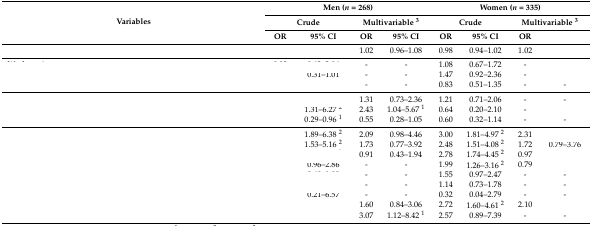
<table><thead><tr><td rowspan="3"><b>Variables</b></td><td colspan="4"><b>Men (<i>n</i> = 268)</b></td><td colspan="4"><b>Women (<i>n</i> = 335)</b></td></tr><tr><td colspan="2"><b>Crude</b></td><td colspan="2"><b>Multivariable <sup>3</sup></b></td><td colspan="2"><b>Crude</b></td><td colspan="2"><b>Multivariable <sup>3</sup></b></td></tr><tr><td><b>OR</b></td><td><b>95% CI</b></td><td><b>OR</b></td><td><b>95% CI</b></td><td><b>OR</b></td><td><b>95% CI</b></td><td><b>OR</b></td><td>[EMPTY_CELL]</td></tr></thead><tbody><tr><td>[EMPTY_CELL]</td><td>[EMPTY_CELL]</td><td>[EMPTY_CELL]</td><td>1.02</td><td>0.96–1.08</td><td>0.98</td><td>0.94–1.02</td><td>1.02</td><td>[EMPTY_CELL]</td></tr><tr><td>[EMPTY_CELL]</td><td>[EMPTY_CELL]</td><td>[EMPTY_CELL]</td><td>-</td><td>-</td><td>1.08</td><td>0.67–1.72</td><td>-</td><td>[EMPTY_CELL]</td></tr><tr><td>[EMPTY_CELL]</td><td>[EMPTY_CELL]</td><td>0.31–1.01</td><td>-</td><td>-</td><td>1.47</td><td>0.92–2.36</td><td>-</td><td>[EMPTY_CELL]</td></tr><tr><td>[EMPTY_CELL]</td><td>[EMPTY_CELL]</td><td>[EMPTY_CELL]</td><td>-</td><td>-</td><td>0.83</td><td>0.51–1.35</td><td>-</td><td>-</td></tr><tr><td>[EMPTY_CELL]</td><td>[EMPTY_CELL]</td><td>[EMPTY_CELL]</td><td>1.31</td><td>0.73–2.36</td><td>1.21</td><td>0.71–2.06</td><td>-</td><td>-</td></tr><tr><td>[EMPTY_CELL]</td><td>[EMPTY_CELL]</td><td>1.31–6.27 <sup>2</sup></td><td>2.43</td><td>1.04–5.67 <sup>1</sup></td><td>0.64</td><td>0.20–2.10</td><td>-</td><td>[EMPTY_CELL]</td></tr><tr><td>[EMPTY_CELL]</td><td>[EMPTY_CELL]</td><td>0.29–0.96 <sup>1</sup></td><td>0.55</td><td>0.28–1.05</td><td>0.60</td><td>0.32–1.14</td><td>-</td><td>-</td></tr><tr><td>[EMPTY_CELL]</td><td>[EMPTY_CELL]</td><td>1.89–6.38 <sup>2</sup></td><td>2.09</td><td>0.98–4.46</td><td>3.00</td><td>1.81–4.97 <sup>2</sup></td><td>2.31</td><td>[EMPTY_CELL]</td></tr><tr><td>[EMPTY_CELL]</td><td>[EMPTY_CELL]</td><td>1.53–5.16 <sup>2</sup></td><td>1.73</td><td>0.77–3.92</td><td>2.48</td><td>1.51–4.08 <sup>2</sup></td><td>1.72</td><td>0.79–3.76</td></tr><tr><td>[EMPTY_CELL]</td><td>[EMPTY_CELL]</td><td>[EMPTY_CELL]</td><td>0.91</td><td>0.43–1.94</td><td>2.78</td><td>1.74–4.45 <sup>2</sup></td><td>0.97</td><td>[EMPTY_CELL]</td></tr><tr><td>[EMPTY_CELL]</td><td>[EMPTY_CELL]</td><td>0.96–2.86</td><td>-</td><td>-</td><td>1.99</td><td>1.26–3.16 <sup>2</sup></td><td>0.79</td><td>[EMPTY_CELL]</td></tr><tr><td>[EMPTY_CELL]</td><td>[EMPTY_CELL]</td><td>[EMPTY_CELL]</td><td>-</td><td>-</td><td>1.55</td><td>0.97–2.47</td><td>-</td><td>-</td></tr><tr><td>[EMPTY_CELL]</td><td>[EMPTY_CELL]</td><td>[EMPTY_CELL]</td><td>-</td><td>-</td><td>1.14</td><td>0.73–1.78</td><td>-</td><td>-</td></tr><tr><td>[EMPTY_CELL]</td><td>[EMPTY_CELL]</td><td>0.21–6.57</td><td>-</td><td>-</td><td>0.32</td><td>0.04–2.79</td><td>-</td><td>-</td></tr><tr><td>[EMPTY_CELL]</td><td>[EMPTY_CELL]</td><td>[EMPTY_CELL]</td><td>1.60</td><td>0.84–3.06</td><td>2.72</td><td>1.60–4.61 <sup>2</sup></td><td>2.10</td><td>[EMPTY_CELL]</td></tr><tr><td>[EMPTY_CELL]</td><td>[EMPTY_CELL]</td><td>[EMPTY_CELL]</td><td>3.07</td><td>1.12–8.42 <sup>1</sup></td><td>2.57</td><td>0.89–7.39</td><td>-</td><td>-</td></tr></tbody></table>